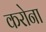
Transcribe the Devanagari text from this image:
करोना